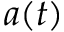
a ( t )